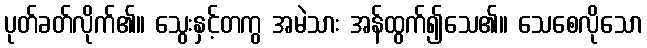
ပုတ်ခတ်လိုက်၏။ သွေးနှင့်တကွ အမဲသား အန်ထွက်၍သေ၏။ သေစေလိုသော